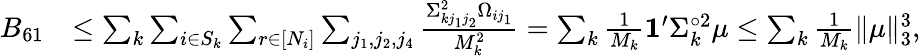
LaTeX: \begin{array}{rl}{B_{61}}&{\leq\sum_{k}\sum_{i\in S_{k}}\sum_{r\in[N_{i}]}\sum_{j_{1},j_{2},j_{4}}\frac{\Sigma_{kj_{1}j_{2}}^{2}\Omega_{ij_{1}}}{M_{k}^{2}}=\sum_{k}\frac{1}{M_{k}}\mathbf{1}^{\prime}\Sigma_{k}^{\circ 2}\mu\leq\sum_{k}\frac{1}{M_{k}}\| \mu\| _{3}^{3},}\end{array}